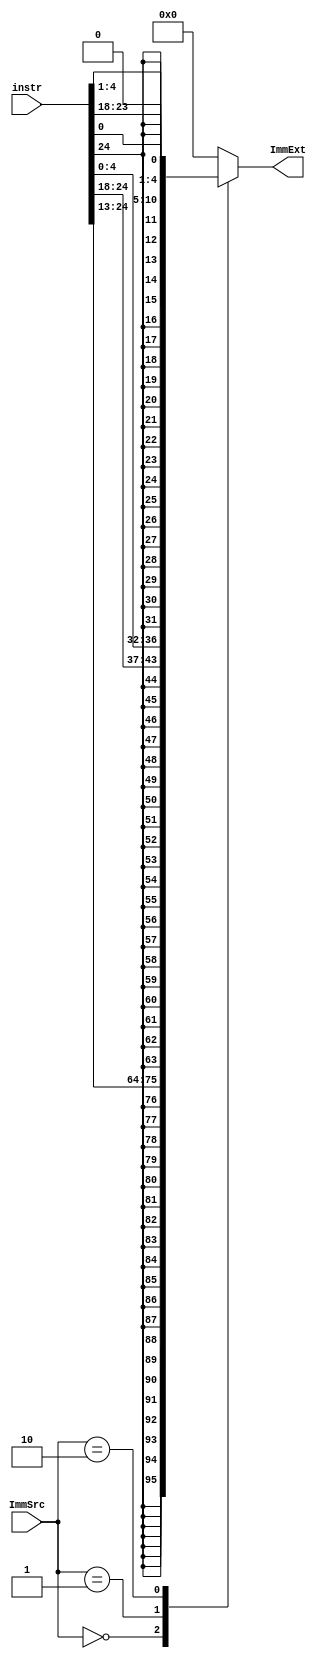
module sign_extent (input [31:7]instr,input [1:0] ImmSrc ,output reg [31:0]ImmExt );

always @(*)
begin
case(ImmSrc)
2'b00:ImmExt={{20{instr[31]}},instr[31:20]};
2'b01:ImmExt={{20{instr[31]}},instr[31:25],instr[11:7]};
2'b10:ImmExt={{20{instr[31]}},instr[7],instr[30:25],instr[11:8],1'b0};
default: ImmExt=0;
endcase
end 



endmodule